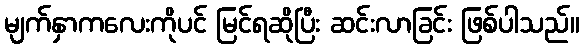
မျက်နှာကလေးကိုပင် မြင်ရဆိုပြီး ဆင်းလာခြင်း ဖြစ်ပါသည်။